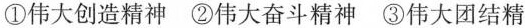
①伟大创造精神 ②伟大奋斗精神 ③伟大团结精